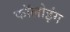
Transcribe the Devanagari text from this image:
फॉलोइंग